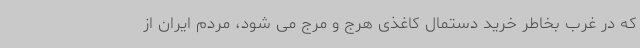
که در غرب بخاطر خرید دستمال کاغذی هرج و مرج می شود، مردم ایران از